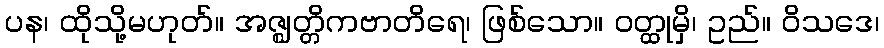
ပန၊ ထိုသို့မဟုတ်။ အဇ္ဈတ္တိကဗာတိရေ၊ ဖြစ်သော။ ဝတ္ထုမှိ၊ ဥည်။ ဝိသဒေ၊